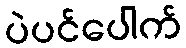
ပဲပင်ပေါက်